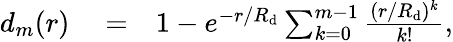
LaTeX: \begin{array}{rlr}{d_{m}(r)}&{{}=}&{1-e^{-r/R_{\mathrm{d}}}\sum_{k=0}^{m-1}\frac{(r/R_{\mathrm{d}})^{k}}{k!},}\end{array}